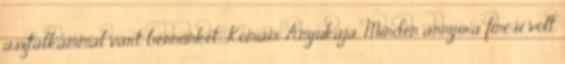
asztalkámmal várt bennünket Komám Anyukája. Minden annyira fincsi volt